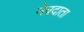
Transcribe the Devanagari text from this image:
नेत्रदाता